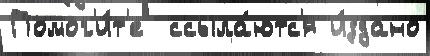
Помог'и́т'е  ссыла́ютс'я и́здано